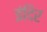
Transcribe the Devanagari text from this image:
इंदिर